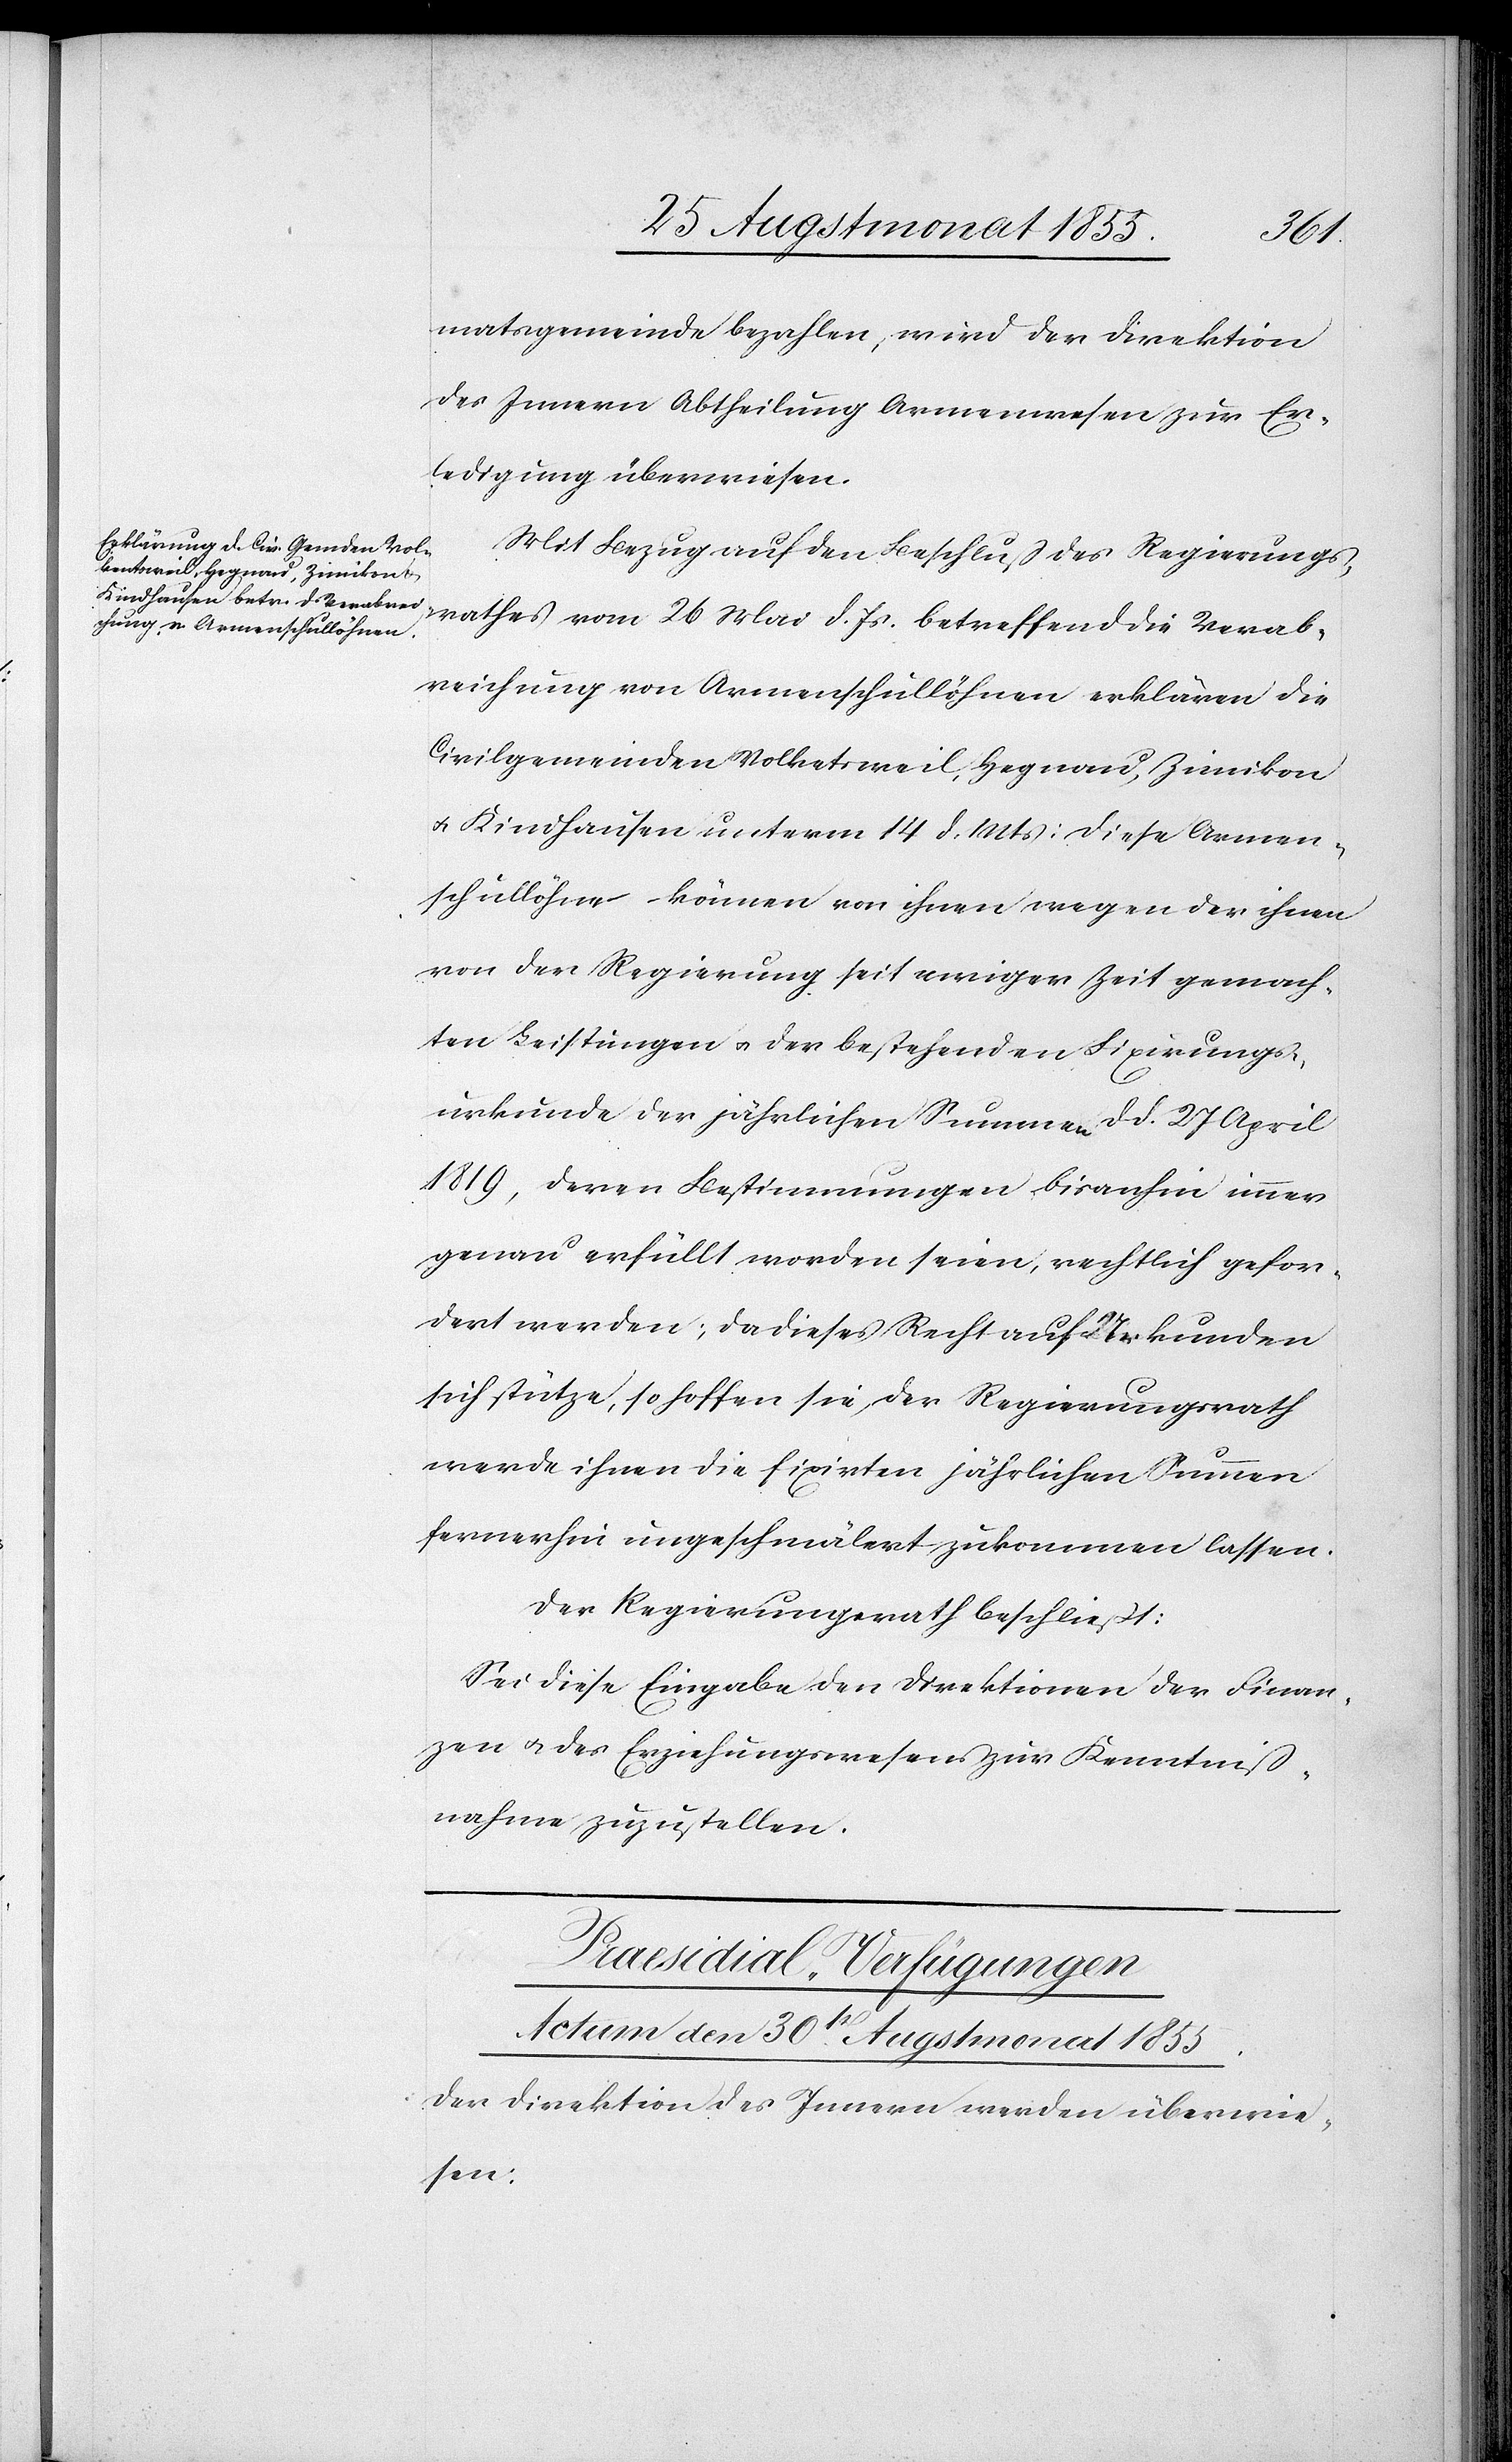
matsgemeinde bezahlen, wird der Direktion
des Innern Abtheilung Armenwesen zur Er¬
ledigung überwiesen.
Mit Bezug auf den Beschluß des Regierungs¬
rathes vom 26 Mai d. Js. betreffend die Verab¬
reichung von Armenschullöhnen erklären die
Civilgemeinden Volketsweil, Hegnau, Zimikon
& Kindhausen unterm 14 d. Mts: Diese Armen¬
schullöhne können von ihnen wegen der ihnen
von der Regierung seit ewiger Zeit gemach¬
ten Leistungen & der bestehenden Fixirungs¬
urkunde der jährlichen Summen d d. 27 April
1819, deren Bestimmungen bisanhin immer
genau erfüllt worden seien, rechtlich gefor¬
dert werden; da dieses Recht auf Urkunden
sich stütze, so hoffen sie, der Regierungsrath
werde ihnen die fixirten jährlichen Summen
fernerhin ungeschmälert zukommen lassen.
Der Regierungsrath beschließt:
Sei diese Eingabe den Direktionen der Finan¬
zen & des Erziehungswesens zur Kenntniß¬
nahme zuzustellen.
Praesidial-Verfügungen
Actum den 30st Augstmonat 1855.
Der Direktion des Innern werden überwie¬
sen: